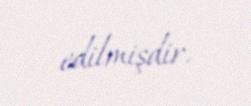
edilmişdir.